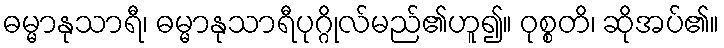
ဓမ္မာနုသာရီ၊ ဓမ္မာနုသာရီပုဂ္ဂိုလ်မည်၏ဟူ၍။ ဝုစ္စတိ၊ ဆိုအပ်၏။